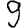
Digit: 9